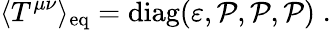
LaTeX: \langle T^{\mu\nu}\rangle_{\mathrm{eq}}=\mathrm{diag}(\varepsilon,{\cal P},{\cal P},{\cal P})\; .